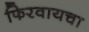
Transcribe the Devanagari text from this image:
फिरवायचा